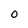
Character: 0